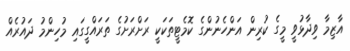
އާޒިމާ ވިދާޅުވީ މީގެ ކުރިން އަންހެނުންގެ ކޮމެޓީތަކަކީ ރަށްރަށުގެ ތަރައްގީގައި މުހިންމު ދައުރެއް